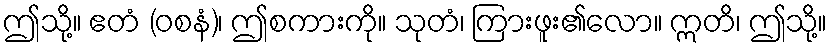
ဤသို့။ ဧတံ (ဝစနံ)၊ ဤစကားကို။ သုတံ၊ ကြားဖူး၏လော။ ဣတိ၊ ဤသို့။